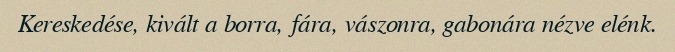
Kereskedése, kivált a borra, fára, vászonra, gabonára nézve elénk.